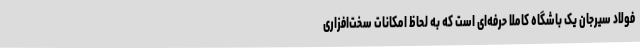
فولاد سیرجان یک باشگاه کاملا حرفه‌ای است که به لحاظ امکانات سخت‌افزاری